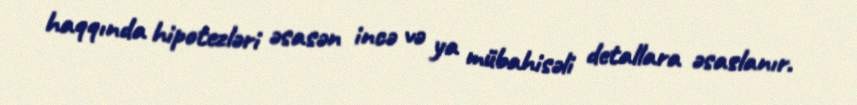
haqqında hipotezləri əsasən incə və ya mübahisəli detallara əsaslanır.